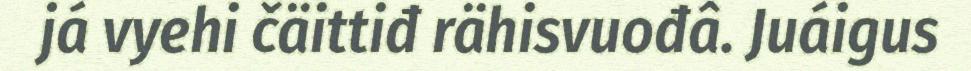
já vyehi čäittiđ rähisvuođâ. Juáigus